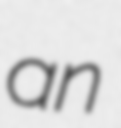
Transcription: an